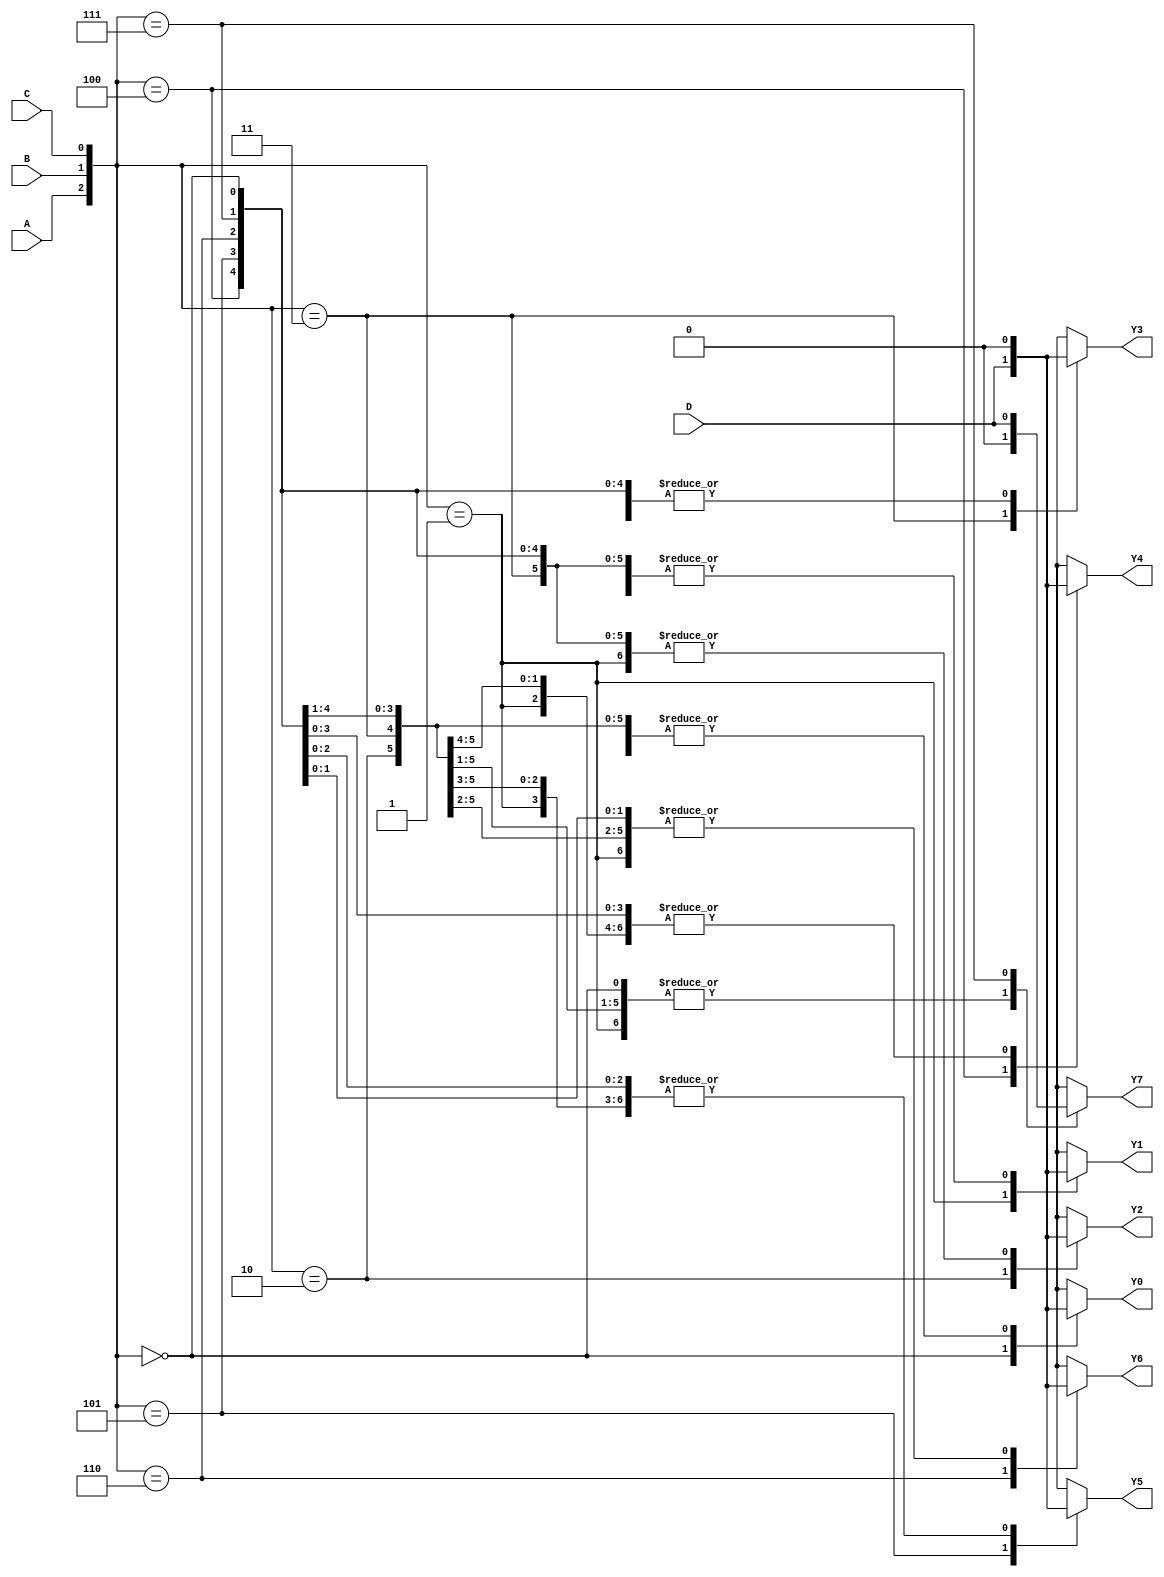
module demux_1to8(input wire A, input wire B, input wire C, input wire D,
                   output reg Y0, output reg Y1, output reg Y2, output reg Y3,
                   output reg Y4, output reg Y5, output reg Y6, output reg Y7);

  always @(*)
    begin
      case({A, B, C})
        3'b000: begin Y0 = D; Y1 = 1'b0; Y2 = 1'b0; Y3 = 1'b0; Y4 = 1'b0; Y5 = 1'b0; Y6 = 1'b0; Y7 = 1'b0; end
        3'b001: begin Y0 = 1'b0; Y1 = D; Y2 = 1'b0; Y3 = 1'b0; Y4 = 1'b0; Y5 = 1'b0; Y6 = 1'b0; Y7 = 1'b0; end
        3'b010: begin Y0 = 1'b0; Y1 = 1'b0; Y2 = D; Y3 = 1'b0; Y4 = 1'b0; Y5 = 1'b0; Y6 = 1'b0; Y7 = 1'b0; end
        3'b011: begin Y0 = 1'b0; Y1 = 1'b0; Y2 = 1'b0; Y3 = D; Y4 = 1'b0; Y5 = 1'b0; Y6 = 1'b0; Y7 = 1'b0; end
        3'b100: begin Y0 = 1'b0; Y1 = 1'b0; Y2 = 1'b0; Y3 = 1'b0; Y4 = D; Y5 = 1'b0; Y6 = 1'b0; Y7 = 1'b0; end
        3'b101: begin Y0 = 1'b0; Y1 = 1'b0; Y2 = 1'b0; Y3 = 1'b0; Y4 = 1'b0; Y5 = D; Y6 = 1'b0; Y7 = 1'b0; end
        3'b110: begin Y0 = 1'b0; Y1 = 1'b0; Y2 = 1'b0; Y3 = 1'b0; Y4 = 1'b0; Y5 = 1'b0; Y6 = D; Y7 = 1'b0; end
        3'b111: begin Y0 = 1'b0; Y1 = 1'b0; Y2 = 1'b0; Y3 = 1'b0; Y4 = 1'b0; Y5 = 1'b0; Y6 = 1'b0; Y7 = D; end
      endcase
    end

endmodule